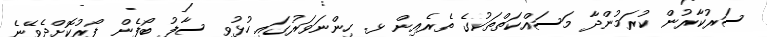
ސަރުކާރުން ކުރަމުންދާ މަސައްކަތްތަކުގެ ތެރެއިން ޅ. ހިންނަވަރުގައި ހުޅުވި ސާފު ބޯފެން ފޯރުކޮށްދެވޭނެ